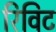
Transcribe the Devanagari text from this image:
रिविट